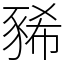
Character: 豨